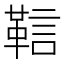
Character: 䩧